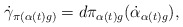
\begin{align*} \dot{\gamma}_{\pi(\alpha(t)g)}=d\pi_{\alpha(t)g}(\dot{\alpha}_{\alpha(t)g}),\end{align*}